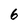
Character: 6